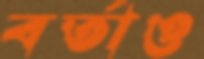
বর্তাও